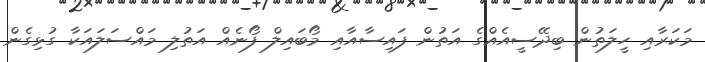
މަކަރާއި ހީލަތުން ބިދޭސީއެއްގެ އަތުން ފައިސާއާއި މޯބައިލް ފޯނެއް އަތުލި މައްސަލައަކާ ގުޅިގެން